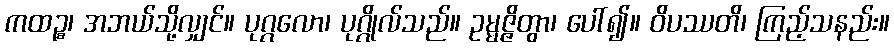
ကထဉ္စ၊ အဘယ်သို့လျှင်။ ပုဂ္ဂလော၊ ပုဂ္ဂိုလ်သည်။ ဥမ္မဇ္ဇိတွာ၊ ပေါ်၍။ ဝိပဿတိ၊ ကြည့်သနည်း။